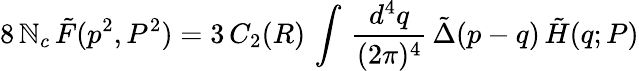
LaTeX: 8\, \mathbb{N}_{c}\, \tilde{{F}}(p^{2},P^{2})=3\, C_{2}(R)\, \int\, \frac{{d^{4}q}}{{(2\pi)^{4}}}\, \tilde{{\Delta}}(p-q)\, \tilde{{H}}(q;P)